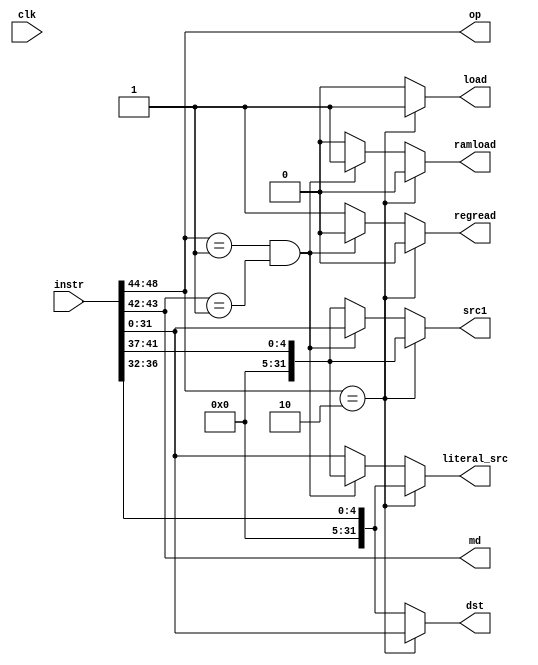
`timescale 1ns / 1ps
/*
Name: Akshar Patel
R-Number: R11694765
Assignment: Project 6
*/
module decoder(
    input [48:0] instr, //input instruction
    input clk, // clock input

    //outputs
    output reg [31:0] literal_src, dst,
    output reg [4:0] op,
    output [31:0] src1,
    output reg [1:0] md,
    output reg load,
    output ramload, regread
    );

    //flags for ram and reg
    reg flag1 = 0;
    reg regreadR = 0;
    reg [31:0] source;
    wire [31:0] source_temp;
    wire load_temp;
    always @(*) begin
        if(instr[48:44] == 5'h02) begin //ST 
            op <= instr[48:44];
            md <= instr[43:42];
            source <= instr[41:37];
            dst <= instr[31:0]; //flipped
            literal_src <= instr[36:32]; //flipped
            flag1 <= 0;
            load <= 1;
            regreadR <= 0;
        end else if(instr[48:44] == 5'h01 && md == 2'b01) begin //LD and direct
            op <= instr[48:44];
            md <= instr[43:42];
            source <= instr[31:0]; //flipped
            dst <= instr[36:32];
            literal_src <= instr[41:37];//flipped
            flag1 <= 1;
            load <= 0;
            regreadR <= 0;
        end else begin //everything else 
            op <= instr[48:44];
            md <= instr[43:42];
            source <= instr[41:37];
            dst <= instr[36:32];
            literal_src <= instr[31:0];
            flag1 <= 0;
            load <= 0;
            regreadR <= 1;
        end
    end
    assign load_temp = load;
    assign ramload = flag1;
    assign regread = regreadR;
    assign src1 = source;

endmodule